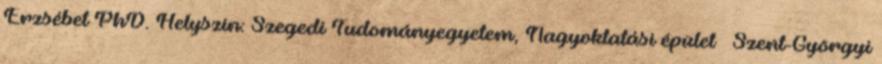
Erzsébet PhD. Helyszín: Szegedi Tudományegyetem, Nagyoktatási épület – Szent-Györgyi